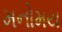
મનોમય